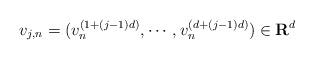
LaTeX: \begin{align*}v_{j,n} = ( v_n^{(1+ (j-1)d)} , \cdots, v_n^{(d+ (j-1)d)}) \in \mathbf{R}^d\end{align*}